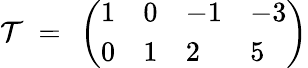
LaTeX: {\cal T}~=~\left(\begin{array}{llll}{{1}}&{{0}}&{{-1}}&{{-3}}\\ {{0}}&{{1}}&{{2}}&{{5}}\end{array}\right)